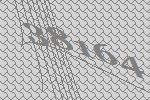
38164